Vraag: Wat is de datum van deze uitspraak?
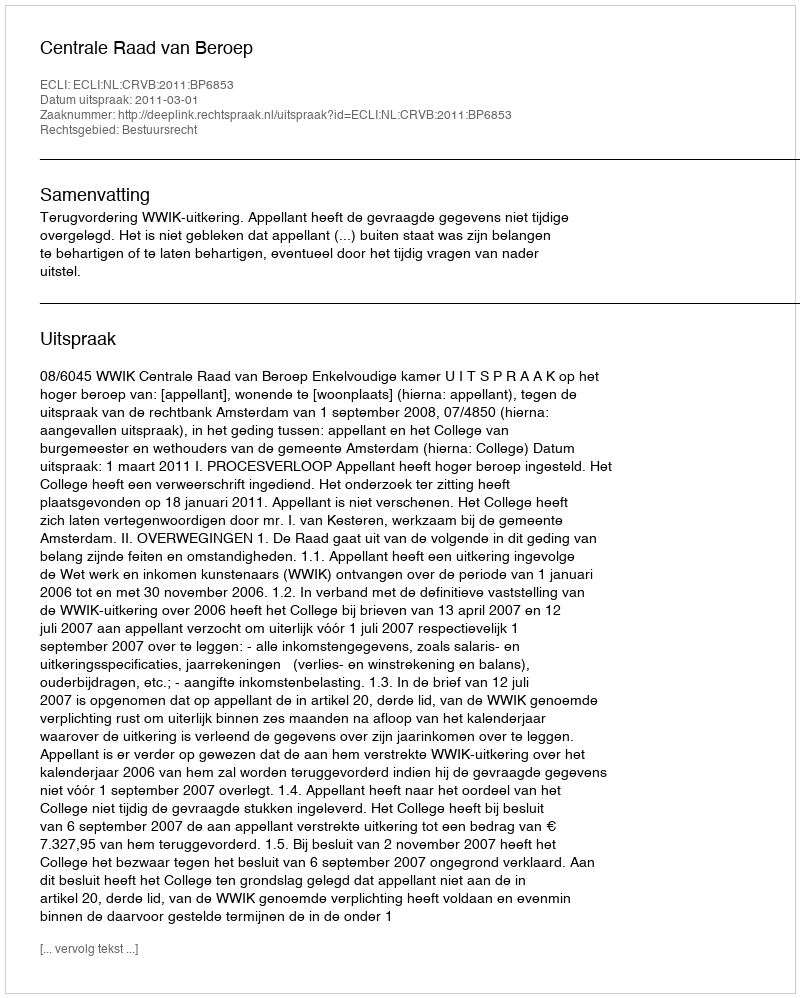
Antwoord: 2011-03-01